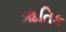
ૠતિક